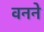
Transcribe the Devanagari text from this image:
वनने